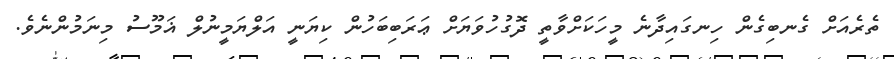
ތެރެއަށް ގެނބިގެން ހިނގައިދާނެ މީހަކަށްވާތީ ދޮގުހުވަޔަށް ޢަރަބިބަހުން ކިޔަނީ އަލްޔަމީނުލް ޣަމޫސު މިނަމުންނެވެ.